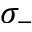
\sigma _ { - }